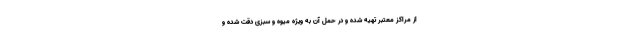
از مراکز معتبر تهیه شده و در حمل آن به ویژه میوه و سبزی دقت شده و